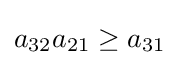
a_{32}a_{21}\geq a_{31}